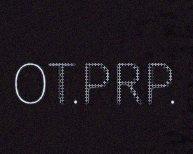
OT.PRP.